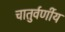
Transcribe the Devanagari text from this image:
चातुर्वर्णीय